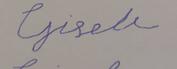
Signature authenticity: forged